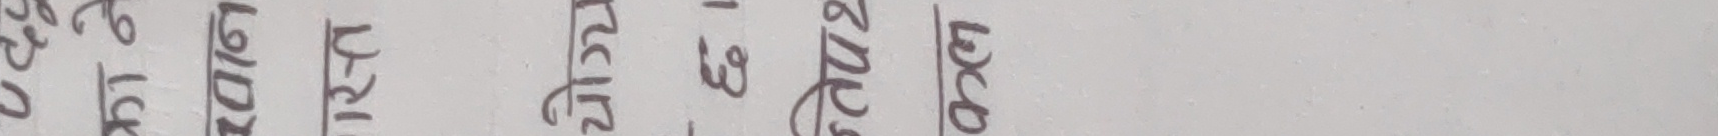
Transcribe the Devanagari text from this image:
व्यक्तिगत स्वतन्त्र उत्साह